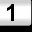
Digit: 1